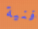
فنية